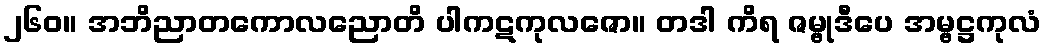
၂၆၀။ အဘိညာတကောလညောတိ ပါကဋကုလဇော။ တဒါ ကိရ ဇမ္ဗုဒီပေ အမ္ဗဋ္ဌကုလံ